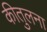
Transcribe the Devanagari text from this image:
कीतुलना